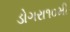
ડોગરા૧૦મી